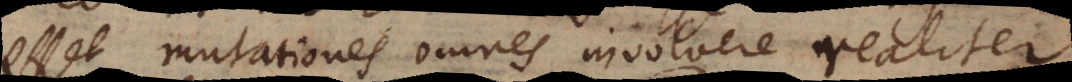
esset mutationes omnes involvere realiter